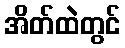
အိတ်ထဲတွင်